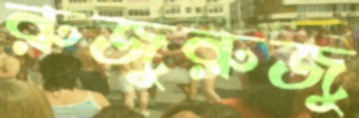
রুজুরুজু